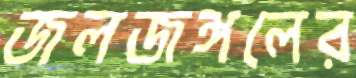
জলজঙ্গলের